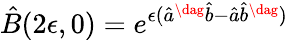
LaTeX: \hat{B}(2\epsilon,0)=e^{\epsilon(\hat{a}^{\dag}\hat{b}-\hat{a}\hat{b}^{\dag})}